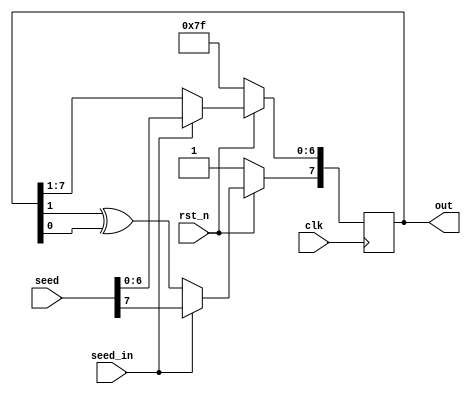
module lfsr #(parameter SIZE=8)(
  input clk,rst_n,
  input [SIZE-1:0]seed,
  input seed_in,
  output reg [SIZE-1:0]out);
  
  wire fback;
  
  assign fback = out[1] ^ out[0];
  
  //main_operation:
  always@(posedge clk)
    if(!rst_n)
      begin 
        out <='1;
      end 
  
    else if(seed_in)
      out<=seed;
  
  	else 
      begin 
        //first_shift_then
        //assign_to_msb
        out <=out>>1;
        out[SIZE-1]<=fback;
      end 
  
endmodule